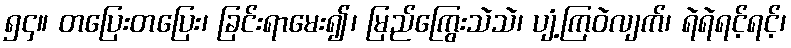
၅၄။ တပြေးတပြေး၊ ခြင်းရာမေး၍၊ မြည်ကြွေးသဲသဲ၊ ပျံ့ကြဝဲလျက်၊ ရဲရဲရင့်ရင့်၊